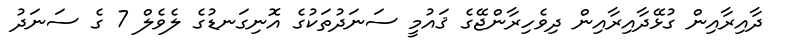
ދާއިރާއިން ގުޅޭދާއިރާއިން ދިވެހިރާންޖޭގެ ޤައުމީ ސަނަދުތަކުގެ އޮނިގަނޑުގެ ލެވެލް 7 ގެ ސަނަދު